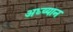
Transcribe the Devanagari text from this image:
अध्य्यान